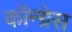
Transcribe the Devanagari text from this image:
कॉन्‍ग्रेस